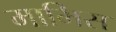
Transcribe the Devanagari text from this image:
मामिस